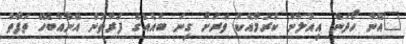
"އޭނާ ހޯދަން އިއުލާން ކުރުމާއެކު ވަރަށް ގިނަ ބައެއްގެ ފަރާތުން އޭނާއާބެހޭ ތަފާތު